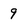
Character: 9